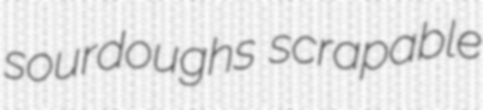
sourdoughs scrapable